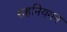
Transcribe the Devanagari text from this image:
सहनियमन